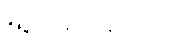
1500 ကျပ် နှုတ်သည်။